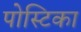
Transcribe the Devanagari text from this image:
पोस्टिका